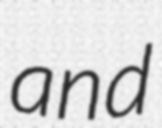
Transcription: and